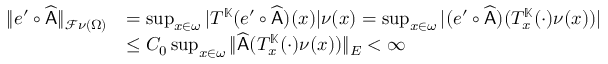
\begin{array} { r l } { \| e ^ { \prime } \circ \widehat { \mathsf { A } } \| _ { \mathcal { F } \nu ( \Omega ) } } & { = \operatorname* { s u p } _ { x \in \omega } | T ^ { \mathbb { K } } ( e ^ { \prime } \circ \widehat { \mathsf { A } } ) ( x ) | \nu ( x ) = \operatorname* { s u p } _ { x \in \omega } | ( e ^ { \prime } \circ \widehat { \mathsf { A } } ) ( T _ { x } ^ { \mathbb { K } } ( \cdot ) \nu ( x ) ) | } \\ & { \leq C _ { 0 } \operatorname* { s u p } _ { x \in \omega } \| \widehat { \mathsf { A } } ( T _ { x } ^ { \mathbb { K } } ( \cdot ) \nu ( x ) ) \| _ { E } < \infty } \end{array}